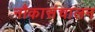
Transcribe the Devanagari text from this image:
नौकासंचालन